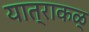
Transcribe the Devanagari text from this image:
यात्राकळ्